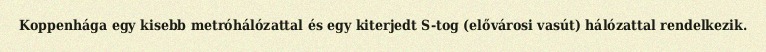
Koppenhága egy kisebb metróhálózattal és egy kiterjedt S-tog (elővárosi vasút) hálózattal rendelkezik.